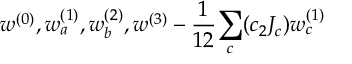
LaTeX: w ^ { ( 0 ) } , w _ { a } ^ { ( 1 ) } , w _ { b } ^ { ( 2 ) } , w ^ { ( 3 ) } - { \frac { 1 } { 1 2 } } { \sum _ { c } ( c _ { 2 } J _ { c } ) w _ { c } ^ { ( 1 ) } }